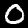
Label: 0